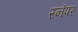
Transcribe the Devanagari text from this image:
स्नॅपर